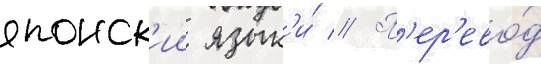
японск'ии язык'и́ // П'ер'ево́д